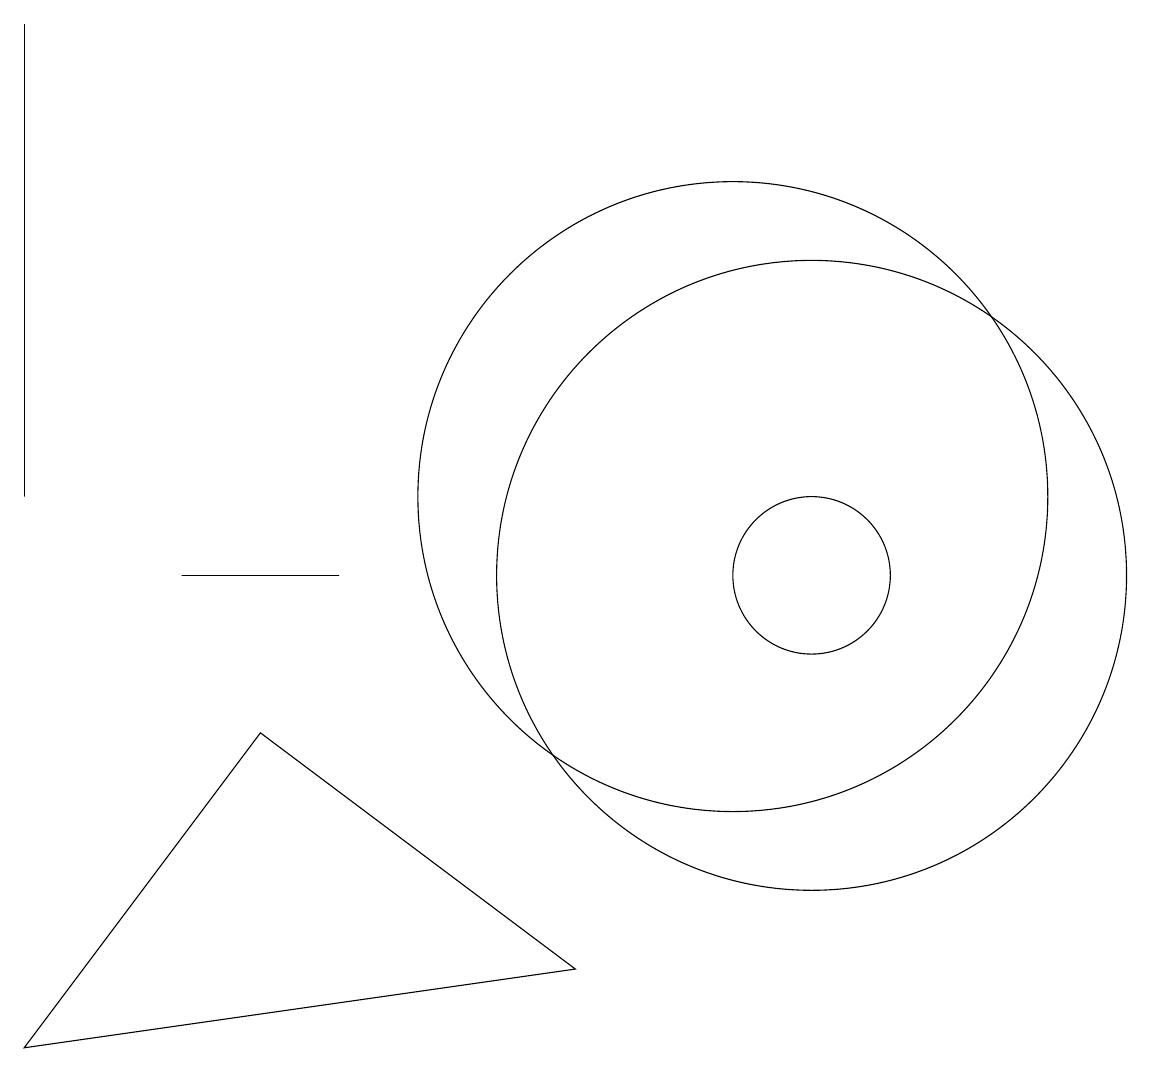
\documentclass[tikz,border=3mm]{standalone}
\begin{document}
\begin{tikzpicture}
\draw (1,4) -- (8,5) -- (4,8) -- cycle;
\draw (11,10) circle (4);
\draw (1,11) rectangle (1,17);
\draw (11,10) circle (1);
\draw (3,10) rectangle (5,10);
\draw (10,11) circle (4);
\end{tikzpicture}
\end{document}